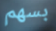
بسهم